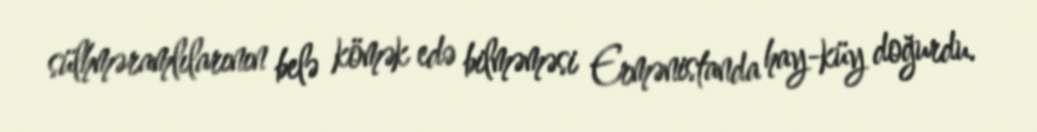
sülhməramlılarının belə kömək edə bilməməsi Ermənistanda hay-küy doğurdu.